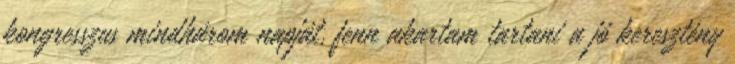
kongresszus mindhárom napját, fenn akartam tartani a jó keresztény